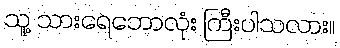
သူ့ သားရေဘောလုံး ကြီးပါသလား။